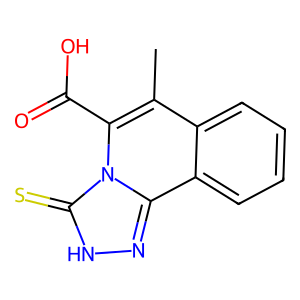
SMILES: Cc1c(C(=O)O)n2c(=S)[nH]nc2c2ccccc12
Inhibits HIV replication: No